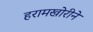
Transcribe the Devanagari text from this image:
हरामखोरीने